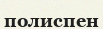
полиспен